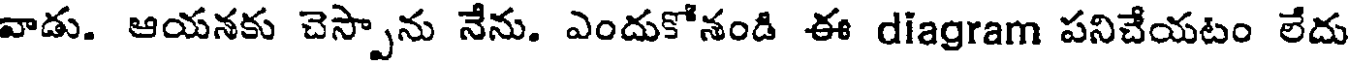
వాడు. ఆయనకు చెస్పాను నేను. ఎందుకోనండి ఈ diagram పనిచేయటం లేదు